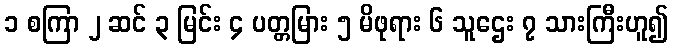
၁ စကြာ ၂ ဆင် ၃ မြင်း ၄ ပတ္တမြား ၅ မိဖုရား ၆ သူဌေး ၇ သားကြီးဟူ၍